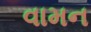
વામન